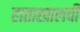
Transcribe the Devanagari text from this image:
हाताखालची